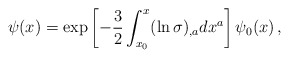
\begin{align*}\psi(x)=\exp\left[-\frac{3}{2}\int_{x_0}^{x}(\ln\sigma)_{,a}dx^a\right]\psi_0(x)\,{,}\end{align*}